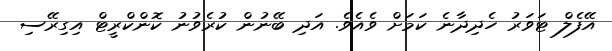
އޭފެލް ޓަވަރު ހެދިދާނެ ކަމަށް ވެއެވެ. އަދި ބޭނުން ކުރެވުނު ކޮންކްރީޓް އިގިރޭސި